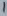
Text: 1